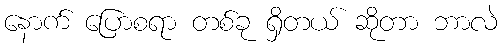
နောက် ပြောစရာ တစ်ခု ရှိတယ် ဆိုတာ ဘာလဲ